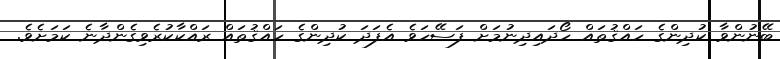
ބޭނުންވާ ކުދިންގެ ހައްޤުތައް ހޯދައިދިނުމަށް ފަސޭހަވެ އެފަދަ ކުދިންގެ ހައްޤުތައް ރައްކާކުރެވިގެންދާނެ ކަމަށެވެ.